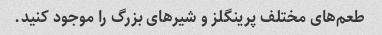
طعم‌های مختلف پرینگلز و شیرهای بزرگ را موجود کنید.